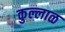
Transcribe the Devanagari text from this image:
कुल्लाळ